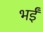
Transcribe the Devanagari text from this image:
भईं